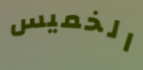
الخميس